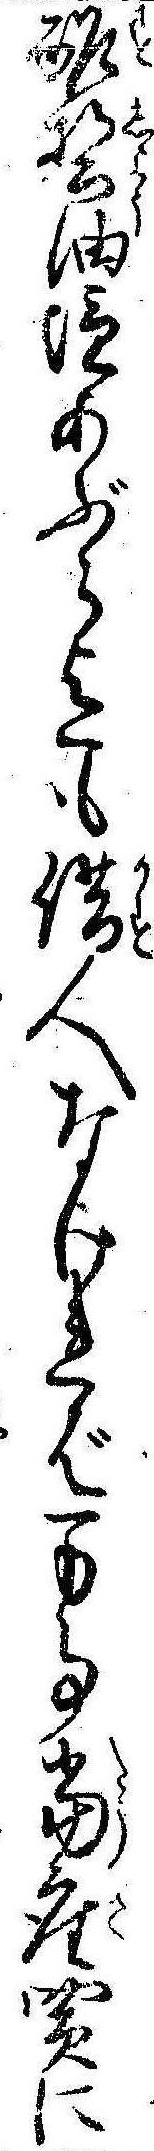
酢醤油塩あぶら迄も借人なければ万事当座買に